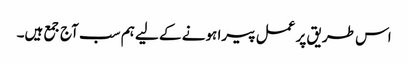
اس طریق پر عمل پیرا ہونے کے لیے ہم سب آج جمع ہیں۔